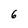
Character: 6